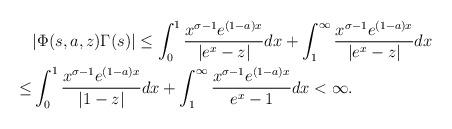
LaTeX: \begin{align*}&|\Phi (s,a,z) \Gamma (s)| \le \int_0^1 \frac{x^{\sigma-1} e^{(1-a)x}}{|e^x-z|} dx + \int_1^\infty \frac{x^{\sigma-1} e^{(1-a)x}}{|e^x-z|} dx\\ \le &\int_0^1 \frac{x^{\sigma-1} e^{(1-a)x}}{|1-z|} dx + \int_1^\infty \frac{x^{\sigma-1} e^{(1-a)x}}{e^x-1} dx< \infty .\end{align*}